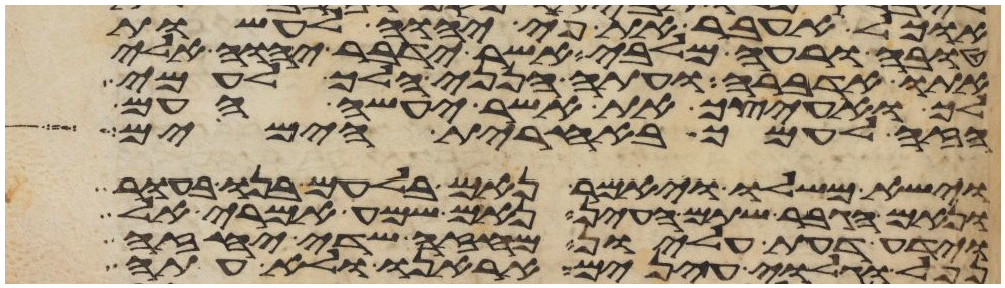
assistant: אוכל לעבר את פי יהוה לעשות
טובה או רעה מלבי אשר ידבר יהוה אלי
אתו אדברה ועתה הנני הלך לעמי
לך ואעיצך את אשר יעשה העם
הזה לעמך באחרית הימים
וישא משלו ויאמר נאם בלעם בנו בעור
ונאם הגבר שתם העין נאם שמע אמרי אל
וידע דעת עליון מחזה שדה יחזה
נפל וגלוי עינים אראנו ולא עתה